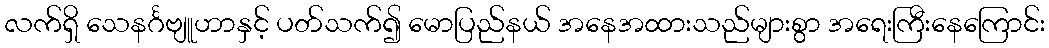
လက်ရှိ သေနင်္ဂဗျူဟာနှင့် ပတ်သက်၍ မောပြည်နယ် အနေအထားသည်များစွာ အရေးကြီးနေကြောင်း